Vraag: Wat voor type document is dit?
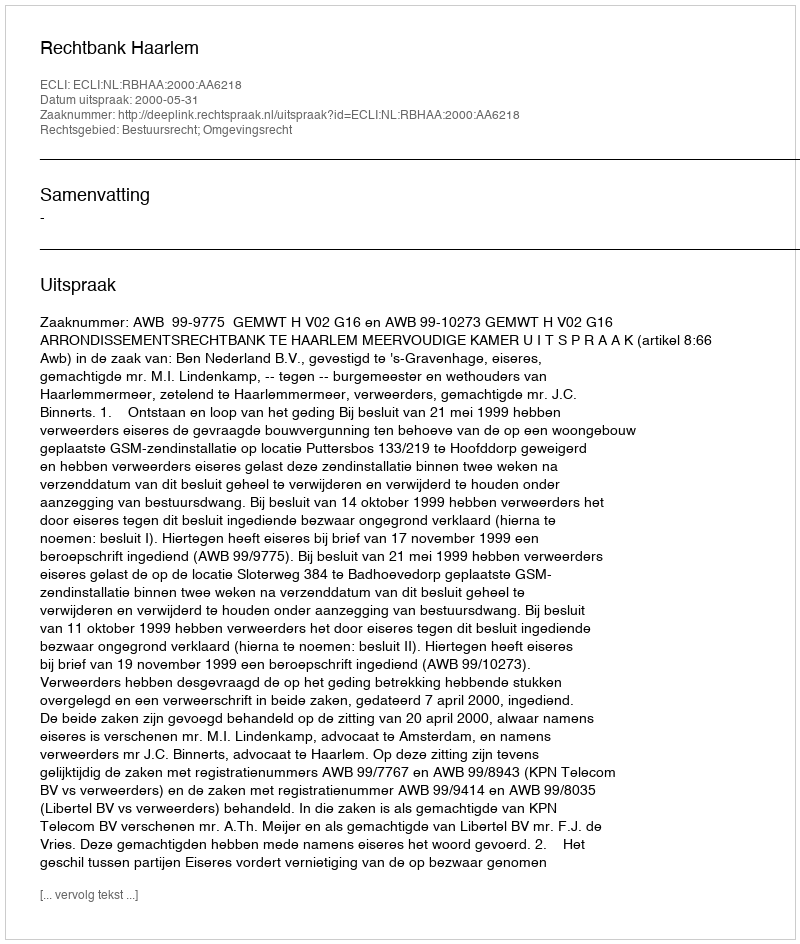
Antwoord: Uitspraak